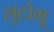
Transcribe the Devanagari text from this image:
सुटोमू